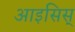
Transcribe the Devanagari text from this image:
आइसिस्